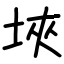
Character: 埉